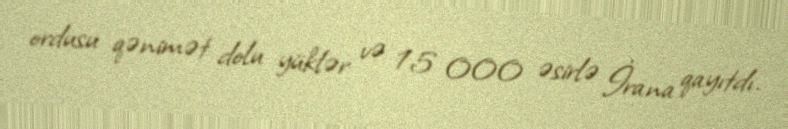
ordusu qənimət dolu yüklər və 15 000 əsirlə İrana qayıtdı.